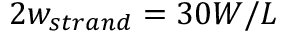
2 w _ { s t r a n d } = 3 0 W / L